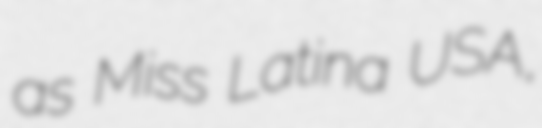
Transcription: as Miss Latina USA,